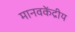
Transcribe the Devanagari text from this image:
मानवकेंद्रीय